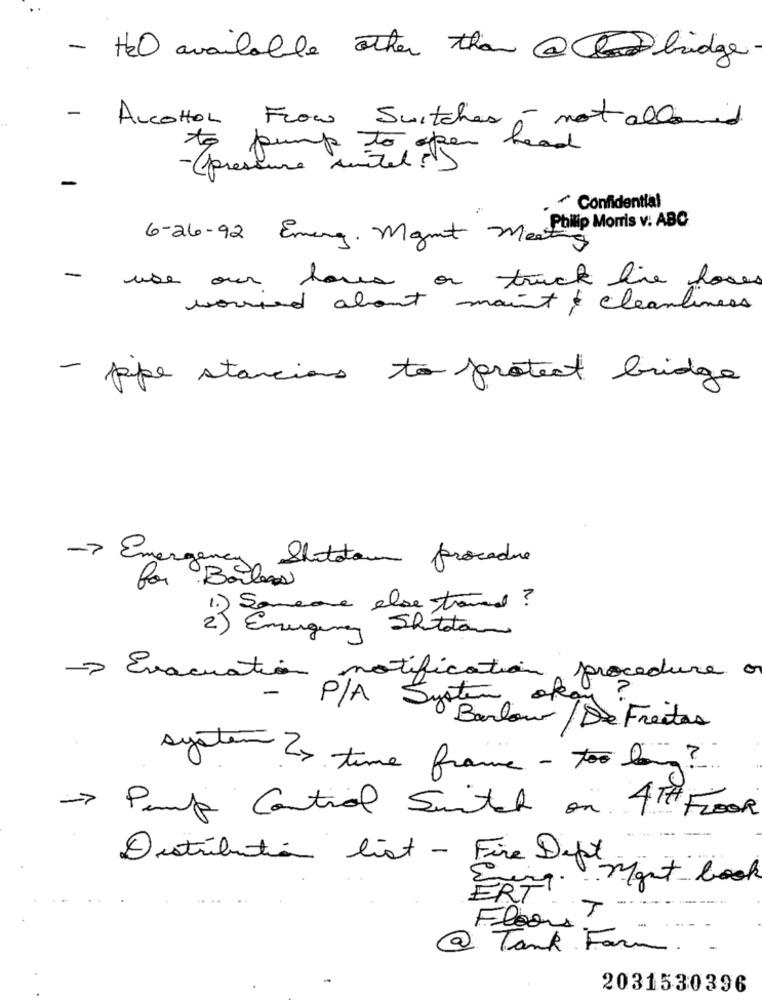
- HeO available other than @ bridge
-
ALCOHOL Flow Switches, not allowed
-
~ Confidential
6-26-92 Emarg. Mamet ma Philip Morris v: ABC
-
use our have on track live hoses
worried about maint cleanliness
- pipe stancias to protect bridge
-> Emergency Statotown procedure
for Bolas
Someone else traund ?
2) Emergency Shotston
> Evacuation notification
sten op procedure o
-
P/A Supportour / De Freitas
system ? time frame - too long?
-> Pump Control Switch on 4 TH FLOR
Distribution list - Fire Dept
mont book
ERM ..
Floors
@ Tank Farm
2031530396